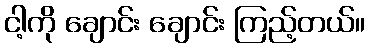
ငါ့ကို ချောင်း ချောင်း ကြည့်တယ်။